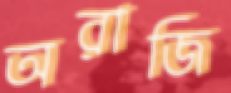
অরাজি